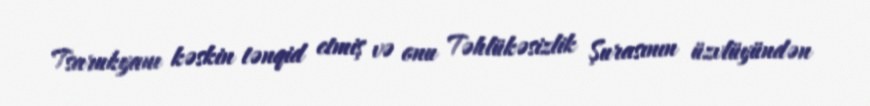
Tsarukyanı kəskin tənqid etmiş və onu Təhlükəsizlik Şurasının üzvlüyündən